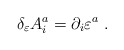
\begin{align*}\delta_{\varepsilon} A^a_i=\partial_i\varepsilon^a\ .\end{align*}